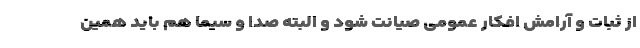
از ثبات و آرامش افکار عمومی صیانت شود و البته صدا و سیما هم باید همین